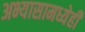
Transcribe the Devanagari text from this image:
अभ्यासामध्येही